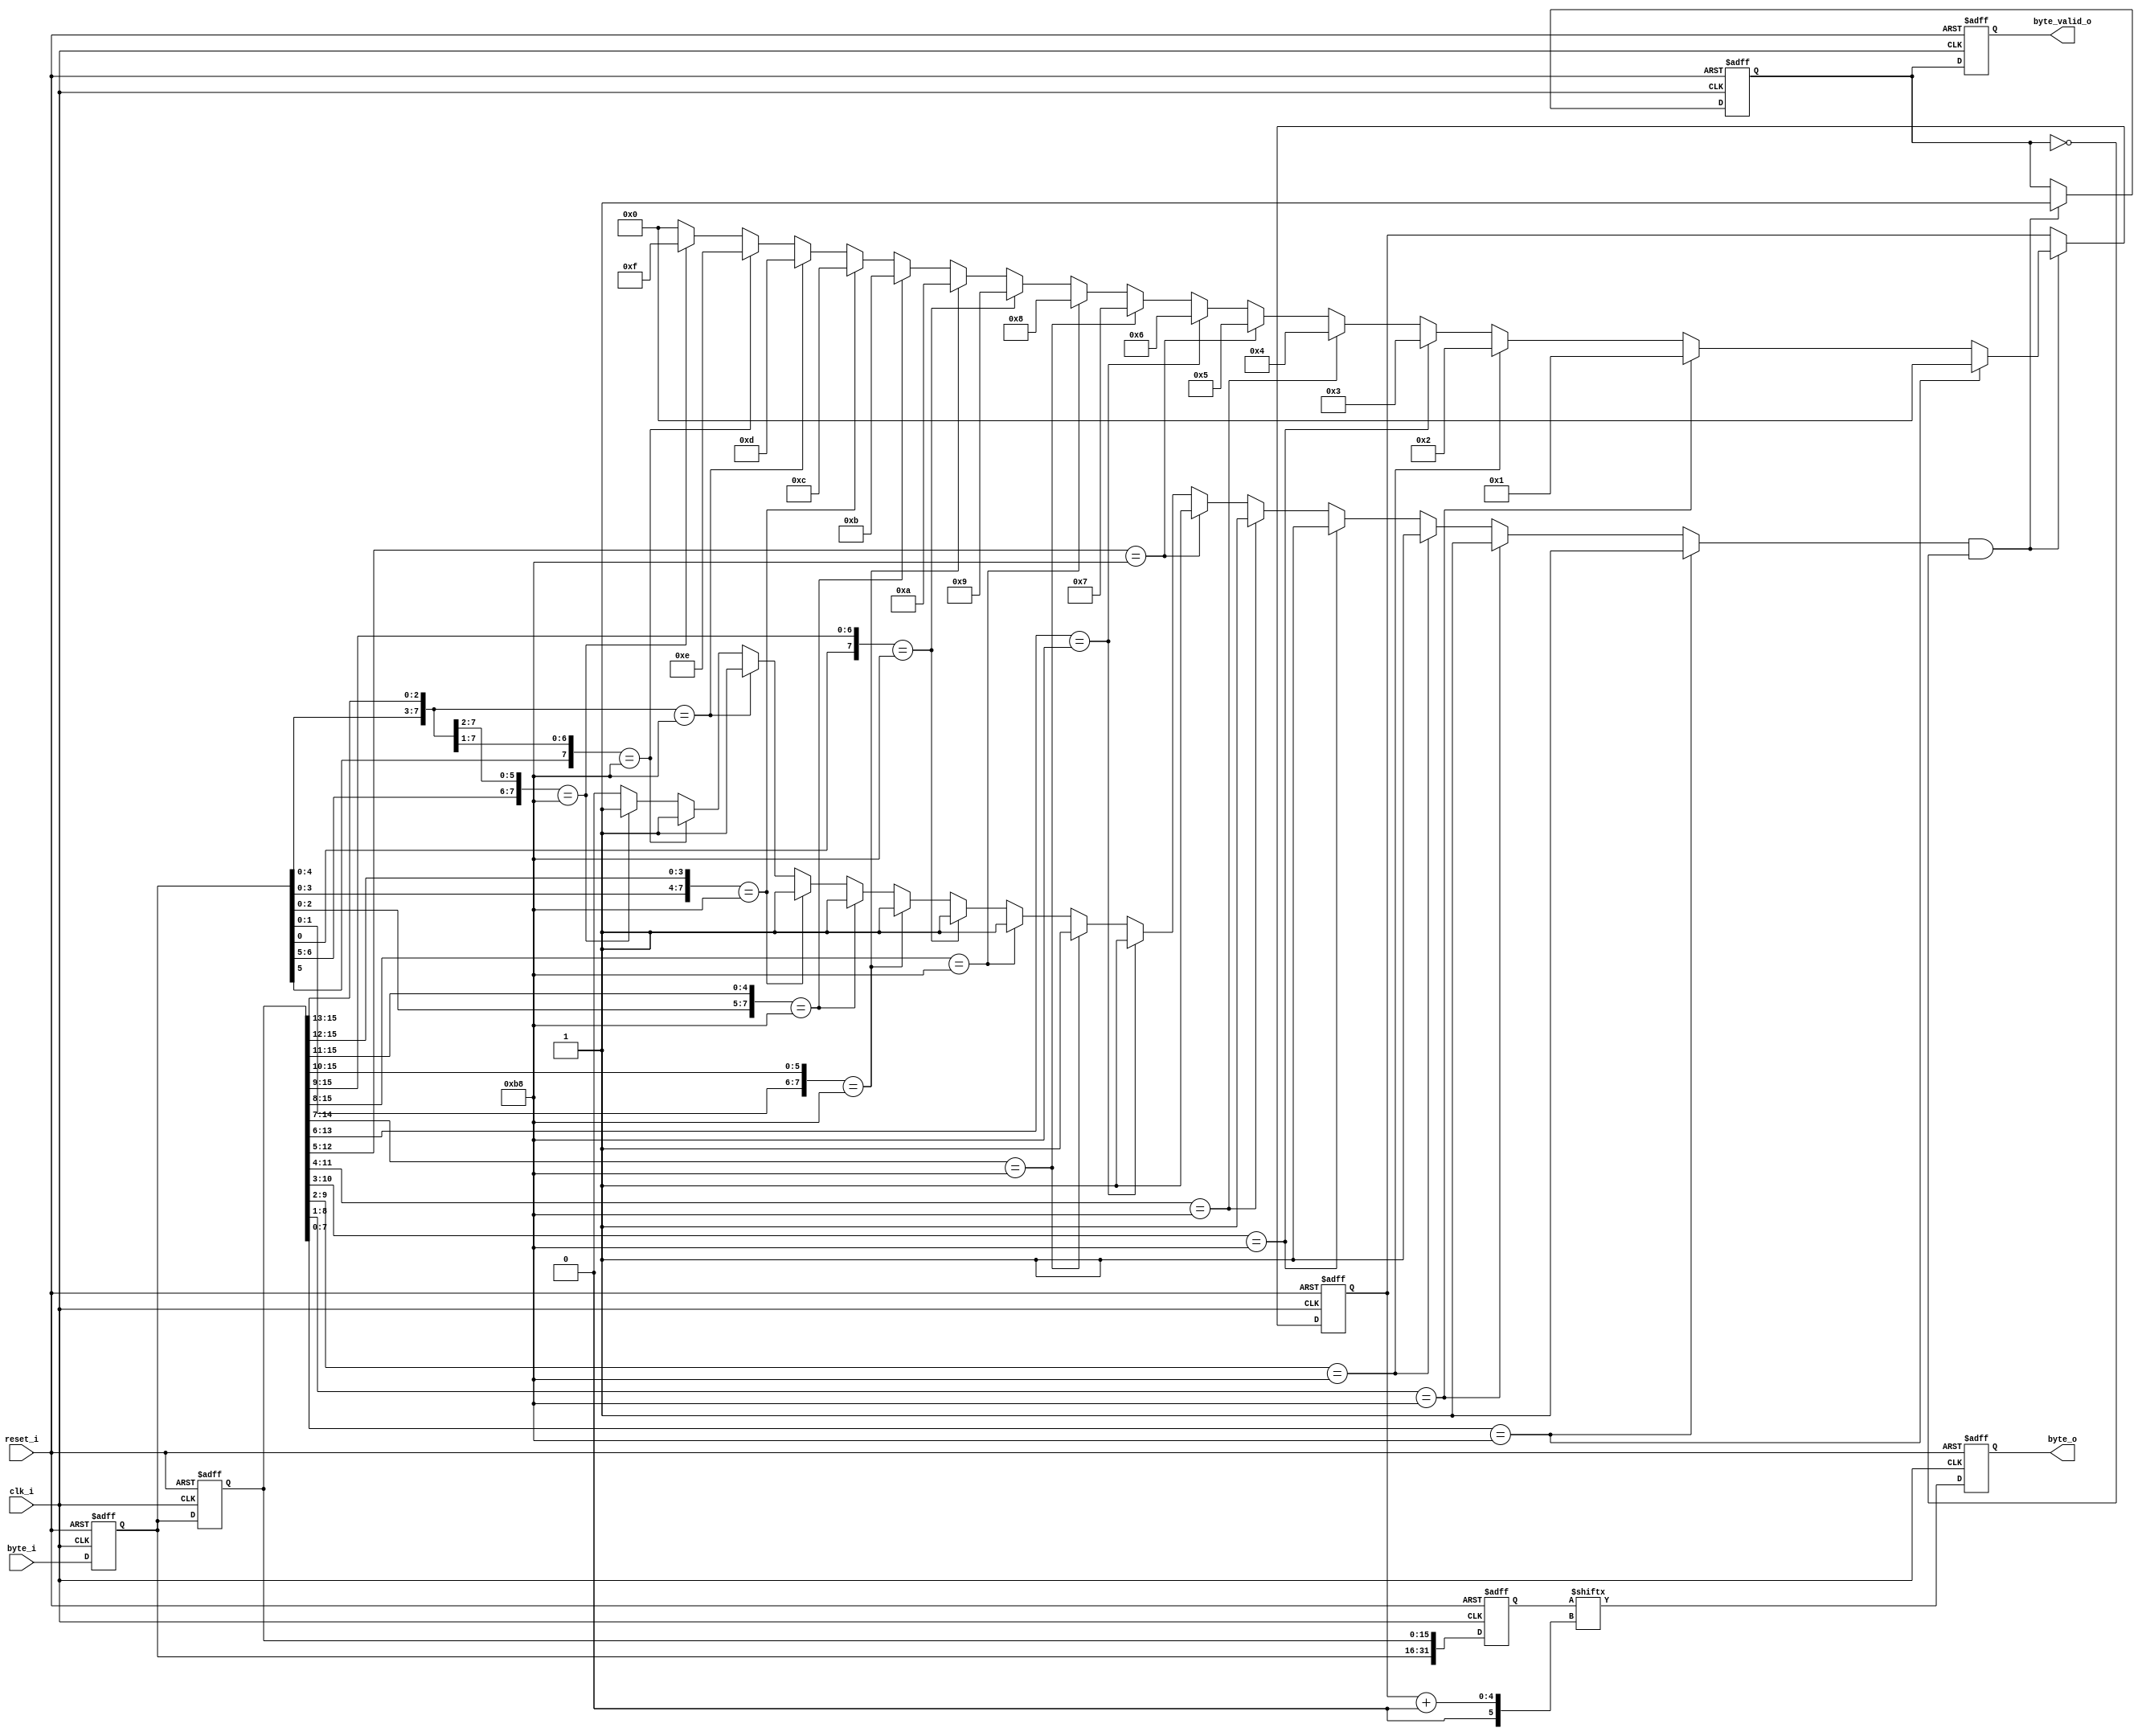
`timescale 1ns/1ns

module mipi_csi_rx_byte_aligner #(parameter MIPI_GEAR=16)(
						clk_i,
						reset_i,
						byte_i, //with 16x gering bytes are arrange as [bb,aa]
						byte_o,
						byte_valid_o
						);
						
localparam [7:0]SYNC_BYTE = 8'hB8;		
				
input clk_i;
input reset_i;
input [(MIPI_GEAR-1):0]byte_i;
output reg [(MIPI_GEAR-1):0]byte_o;
output reg byte_valid_o;


reg [3:0]offset;
reg [3:0]sync_offset;
integer i;
reg  [(MIPI_GEAR-1):0] last_byte;
reg  [(MIPI_GEAR-1):0] last_byte_2;
wire [((MIPI_GEAR * 2) - 1):0]word;

reg [(MIPI_GEAR-1):0] output_reg;
reg valid_reg;
reg valid_reg_stage2;
assign word = {last_byte,  last_byte_2};

reg [((MIPI_GEAR * 2) - 1):0]last_word;
reg synced;

always @(negedge clk_i or posedge reset_i)
begin
	if (reset_i)
	begin
		last_byte <= 0;
		last_byte_2<=0;
		last_word <= 0;
		byte_o <= 0;
		byte_valid_o <= 0;
		sync_offset <= 0;
		valid_reg <=0;
	end
	else
	begin
		
		last_byte <= byte_i;
		last_byte_2 <= last_byte;
		last_word <= word;
		
		byte_o <= last_word[sync_offset +:MIPI_GEAR]; // from offset 16bits upwards
		
		byte_valid_o <= valid_reg;
		
		if (synced & !valid_reg)// also check for valid_reg to be intive, this make sure that once sync is detected no further sync are concidered till next reset
		begin
			sync_offset <= offset;
			valid_reg <= 1'h1;
		end
	end
	
end



always @(*)
begin
		offset = 0;
		synced = 0;
	    for (i= (MIPI_GEAR-1) ; i >= 0; i = i - 1) //need to have loop 16 time not 17 because if input bytes are already aligned they will fall on last_byte or byte_i
		begin						   // have to loop downwards
			if ((word[(i ) +: 8] == SYNC_BYTE))
				begin
					synced = 1'b1;
					offset = i[3:0];
				end
		end

end

endmodule